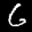
Digit: 6